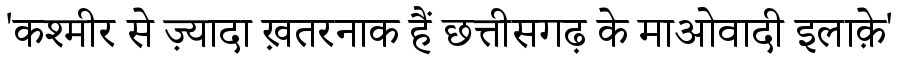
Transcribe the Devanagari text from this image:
'कश्मीर से ज़्यादा ख़तरनाक हैं छत्तीसगढ़ के माओवादी इलाक़े'